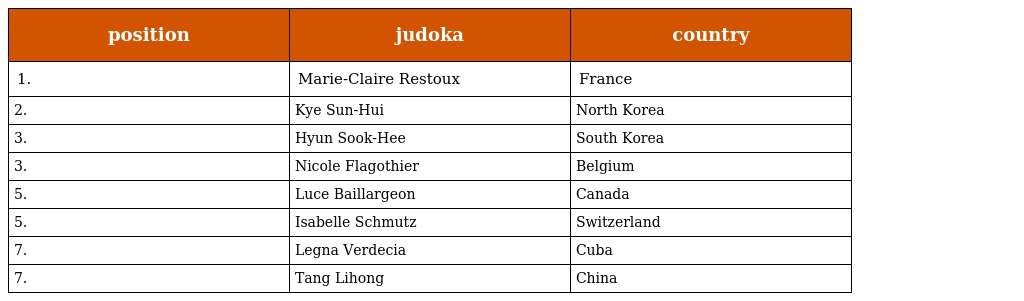
| position | judoka | country |
 | --- | --- | --- |
 | 1. | Marie-Claire Restoux | France |
 | 2. | Kye Sun-Hui | North Korea |
 | 3. | Hyun Sook-Hee | South Korea |
 | 3. | Nicole Flagothier | Belgium |
 | 5. | Luce Baillargeon | Canada |
 | 5. | Isabelle Schmutz | Switzerland |
 | 7. | Legna Verdecia | Cuba |
 | 7. | Tang Lihong | China |